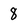
Character: 8